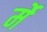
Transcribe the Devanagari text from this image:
र्मे